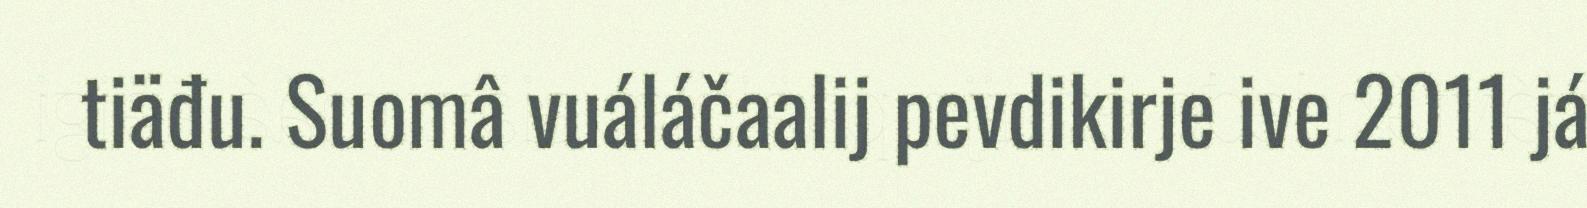
tiäđu. Suomâ vuáláčaalij pevdikirje ive 2011 já